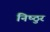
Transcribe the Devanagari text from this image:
निष्‍ठुर